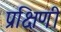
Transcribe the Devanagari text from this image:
प्रक्षिणी